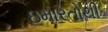
ઇમારતોથી